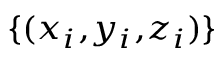
\scriptstyle \{ ( x _ { i } , y _ { i } , z _ { i } ) \}